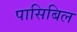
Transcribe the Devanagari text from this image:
पासिबिल